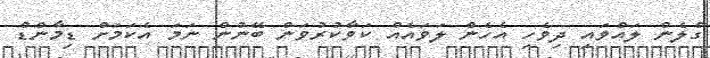
ގްލެން ލައްވައި ދިވެހި އެހެން ލަވައެއް ކަވާކުރުވަން ބޭނުން ނަމަ އެކަމަށް ޑިމާންޑް